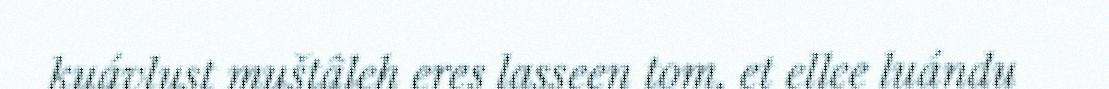
kuávlust muštâleh eres lasseen tom, et ellee luándu